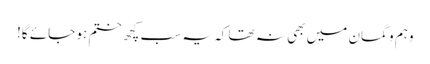
وہم و گمان میں بھی نہ تھا کہ یہ سب کچھ ختم ہو جائے گا!